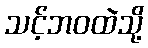
သင့်ဘဝထဲသို့